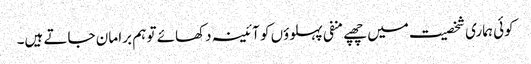
کوئی ہماری شخصیت میں چھپے منفی پہلوؤں کو آئینہ دکھائے تو ہم برا مان جاتے ہیں۔